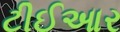
ટીઈઆર